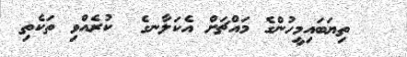
ތިޔަބައިމީހުންގެ މައްޗަށް އެކަލާނގެ  ކުރެއްވި ތަކެތި